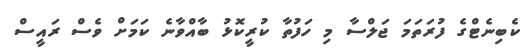
ކެބިނެޓްގެ ފުރަތަމަ ޖަލްސާ މި ހަފުތާ ކުރީކޮޅު ބާއްވާނެ ކަމަށް ވެސް ރައީސް